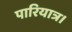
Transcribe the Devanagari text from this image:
पारियात्र।